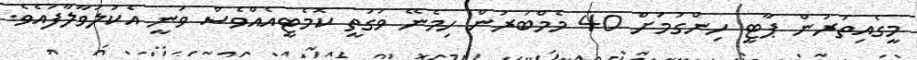
މީގެއިތުރުން ޕާޓީ ހިންގުމަށް 40 މެމްބަރުން ހިމެނޭ ވަގުތީ ކޮމެޓީއެއްވެސް ވަނީ އެކުލަވާލާފައެވެ.